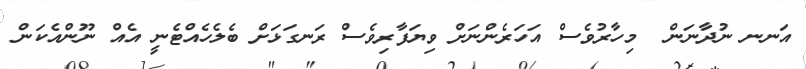
އަނނ ނުދާނަން  މިހާރުވެސް އަހަރެންނަށް ވިޔަފާރިވެސް ރަނގަޅަށް ބެލެހެއްޓެނީ އެއް ނޫންއެކަން